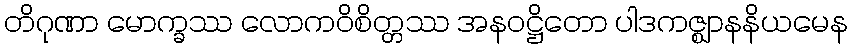
တိဂုဏာ မောက္ခဿ လောကဝိစိတ္တဿ အနဝဋ္ဌိတော ပါဒကဇ္ဈာနနိယမေန